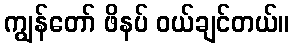
ကျွန်တော် ဖိနပ် ဝယ်ချင်တယ်။